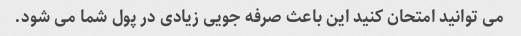
می توانید امتحان کنید این باعث صرفه جویی زیادی در پول شما می شود.